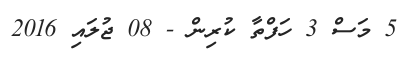
5 މަސް 3 ހަފްތާ ކުރިން - 08 ޖުލައި 2016